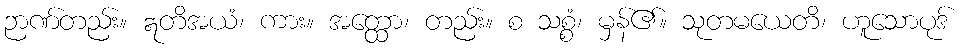
ဉာဏ်တည်း။ ဣတိအယံ၊ ကား။ အတ္ထော၊ တည်း။ စ သစ္စံ၊ မှန်၏။ သုတမယေတိ၊ ဟူသောပုဒ်